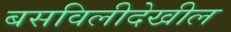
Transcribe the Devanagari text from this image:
बसविलीदेखील